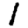
Digit: 1